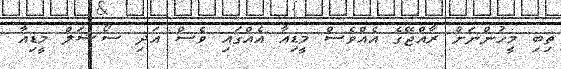
ތިބި މީހުންނަށް ރާއްޖޭގެ އެއްވެސް މީޑިއާ އެއްގައި ވެސް އަދި ސޯޝަލް މީޑިއާ